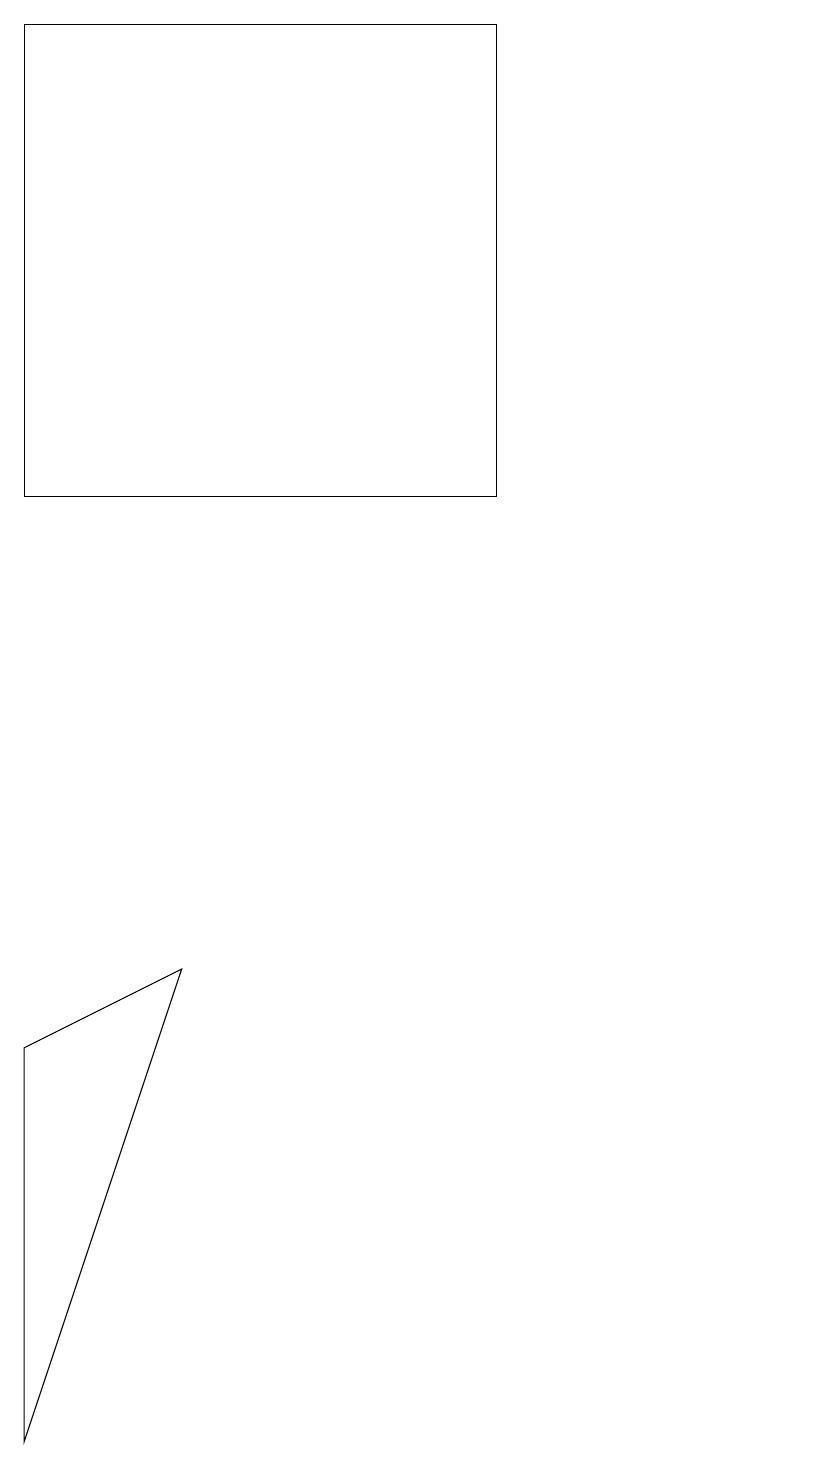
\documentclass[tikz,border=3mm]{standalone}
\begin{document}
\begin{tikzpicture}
\draw (10,11) circle (0);
\draw (0,18) rectangle (6,12);
\draw (2,6) -- (0,0) -- (0,5) -- cycle;
\draw (10,12) circle (0);
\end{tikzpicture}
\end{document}